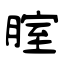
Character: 腟